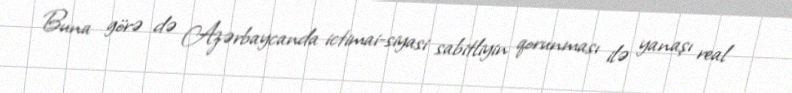
Buna görə də Azərbaycanda ictimai-siyasi sabitliyin qorunması ilə yanaşı real